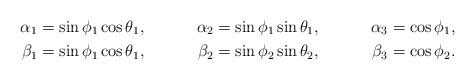
LaTeX: \begin{align*} \alpha_1&=\sin\phi_1\cos\theta_1, & \alpha_2&=\sin\phi_1\sin\theta_1, &\alpha_3&=\cos\phi_1, \\ \beta_1&=\sin\phi_1\cos\theta_1, &\beta_2&=\sin\phi_2\sin\theta_2, &\beta_3&=\cos\phi_2.\end{align*}